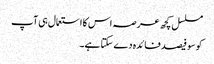
مسلسل کچھ عرصہ اس کا استعمال ہی آپ
کو سو فیصد فائدہ دے سکتا ہے۔